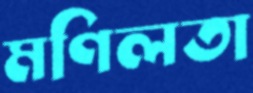
মণিলতা